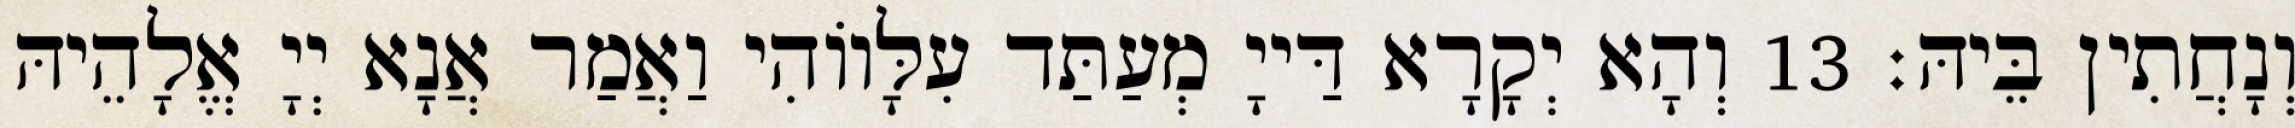
וְנָחֲתִין בֵּיהּ׃ 13 וְהָא יְקָרָא דַּייָ מְעַתַּד עִלָּווֹהִי וַאֲמַר אֲנָא יְיָ אֱלָהֵיהּ